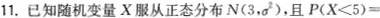
1.已知随机变量X服从正态分布N(3，σ^{2})，且$$P ( X < 5 ) =